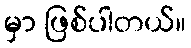
မှာ ဖြစ်ပါတယ်။